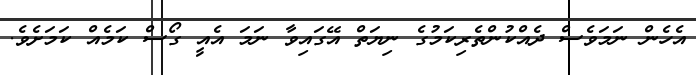
އެހެން ނަމަވެސް ދެއްކުންތެރިކަމުގެ ނިޔަތް އޭގައިވާ ނަމަ އެއީ ގޯސް ކަމެއް ކަމަށެވެ.